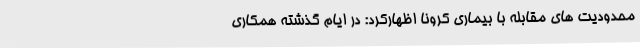
محدودیت های مقابله با بیماری کرونا اظهارکرد: در ایام گذشته همکاری